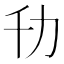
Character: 㔓